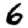
Digit: 6